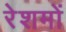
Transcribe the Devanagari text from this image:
रेशमों